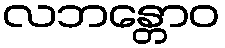
လဘန္တောဝ